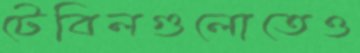
টেবিলগুলোতেও